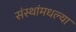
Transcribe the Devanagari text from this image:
संस्थांमधल्या